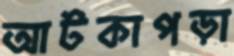
আটকাপড়া